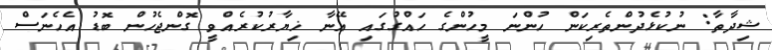
ޝިދާތާ: ނުކުޅެދުންތެރިކަން ހުންނަ މީހުންގެ ހައްގުގައި އޭނާ ޚިޔާރުކުރެއްވީ ގޮންޖެހުން ބޮޑު އެހެނަސް